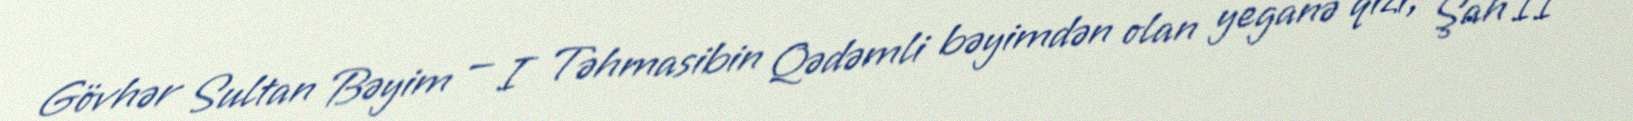
Gövhər Sultan Bəyim — I Təhmasibin Qədəmli bəyimdən olan yeganə qızı, Şah II